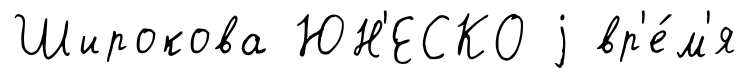
Широкова ЮН'ЕСКО j вр'е́м'я